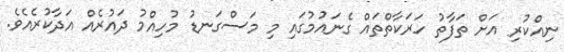
ނިއްކުރި އަށް ތަފާތު ހަރަކާތްތައް ގެނައުމުގައި މި މަސްގަނޑު މުހިއްމު ދައުރެއް އަދާކުރެއެވެ.